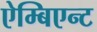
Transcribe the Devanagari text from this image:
ऐम्बिएन्ट